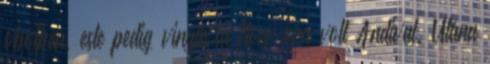
öbölben, este pedig vinyásza flow óra volt Andival. Utána